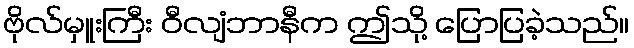
ဗိုလ်မှူးကြီး ဝီလျံဘာနီက ဤသို့ ပြောပြခဲ့သည်။